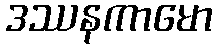
ဒဿနကာမော